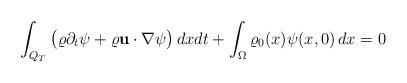
LaTeX: \begin{align*}\int_{Q_T}\big (\varrho\partial_t\psi+\varrho\mathbf{u}\cdot\nabla\psi\big)\,dxdt+\int_{\Omega } \varrho_0(x)\psi(x,0)\, dx=0\end{align*}